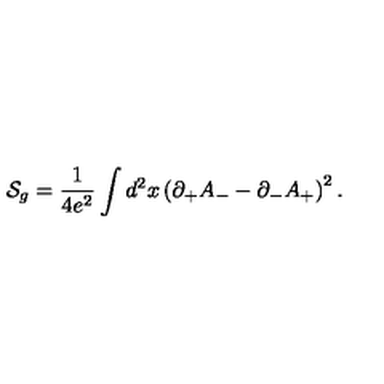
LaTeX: { \cal S } _ { g } = { \frac { 1 } { 4 e ^ { 2 } } } \int d ^ { 2 } x \left( \partial _ { + } A _ { - } - \partial _ { - } A _ { + } \right) ^ { 2 } .